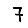
Digit: 7